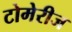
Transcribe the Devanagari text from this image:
टोमेरीज